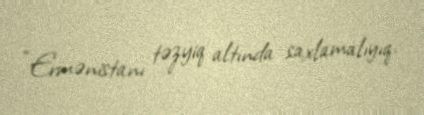
“Ermənistanı təzyiq altında saxlamalıyıq.